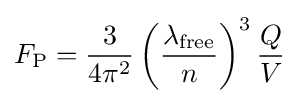
F_{\rm {P}}={\frac {3}{4\pi ^{2}}}\left({\frac {\lambda _{\rm {free}}}{n}}\right)^{3}{\frac {Q}{V}}